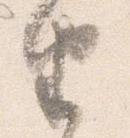
由